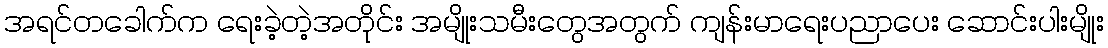
အရင်တခေါက်က ရေးခဲ့တဲ့အတိုင်း အမျိုးသမီးတွေအတွက် ကျန်းမာရေးပညာပေး ဆောင်းပါးမျိုး